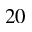
2 0